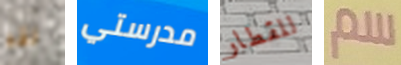
لقد مدرستي للقطار سم